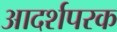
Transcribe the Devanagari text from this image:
आदर्शपरक